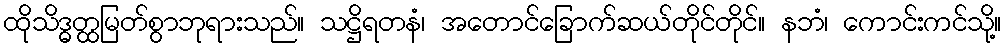
ထိုသိဒ္ဓတ္ထမြတ်စွာဘုရားသည်။ သဋ္ဌိရတနံ၊ အတောင်ခြောက်ဆယ်တိုင်တိုင်။ နဘံ၊ ကောင်းကင်သို့။